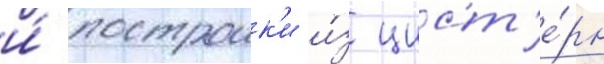
и́ построик'и и́з цист'е́рн